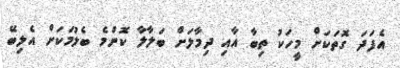
އެފަދަ ގޮތަކަށް މީހަކު ތިބާ އާއި ދިމާލަށް ބަލާލާ ކޮންމެ ބެލުމަކަށް އެލިބޭ